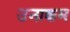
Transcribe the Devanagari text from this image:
उनाक्कम